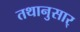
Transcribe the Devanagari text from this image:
तथानुसार्